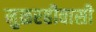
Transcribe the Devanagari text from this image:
मुळरहीवासी